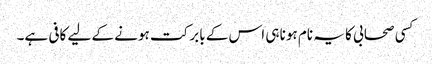
کسی صحابی کا یہ نام ہونا ہی اس کے بابرکت ہونے کے لیے کافی ہے۔